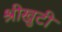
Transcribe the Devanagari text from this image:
श्रीखुटी